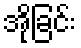
အိုခြင်း